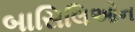
બાસિલિઓન